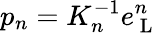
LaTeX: p_{n}=K_{n}^{-1}e_{\mathrm{~L~}}^{n}